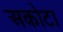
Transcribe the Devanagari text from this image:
अकोटा